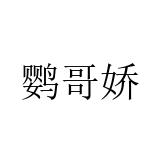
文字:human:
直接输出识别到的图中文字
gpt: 鹦哥娇